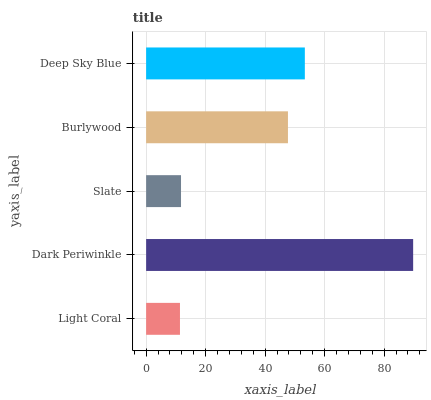
| yaxis_label | bars |
 | --- | --- |
 | Light Coral | 11.4 |
 | Dark Periwinkle | 89.8 |
 | Slate | 11.7 |
 | Burlywood | 47.7 |
 | Deep Sky Blue | 53.3 |